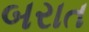
બરાત